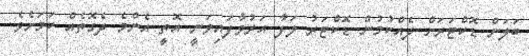
ބަލަން ޑޮކްޓަރަށް ދެއްކުމުން ޑޮކްޓަރު ލަފާ އަރުވާފައިވަނީ އޮތީ އެންމެ ދެގޮތެއް ކަމަށެވެ.